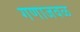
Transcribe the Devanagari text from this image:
गणाजवळ